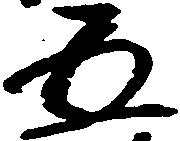
五